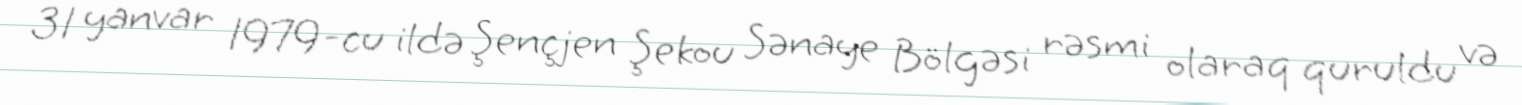
31 yanvar 1979-cu ildə Şençjen Şekou Sənaye Bölgəsi rəsmi olaraq quruldu və